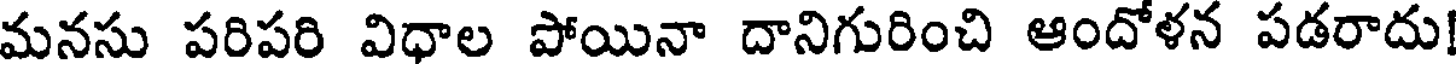
మనసు పరిపరి విధాల పోయినా దానిగురించి ఆందోళన పడరాదు